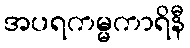
အပရကမ္မကာရိနီ